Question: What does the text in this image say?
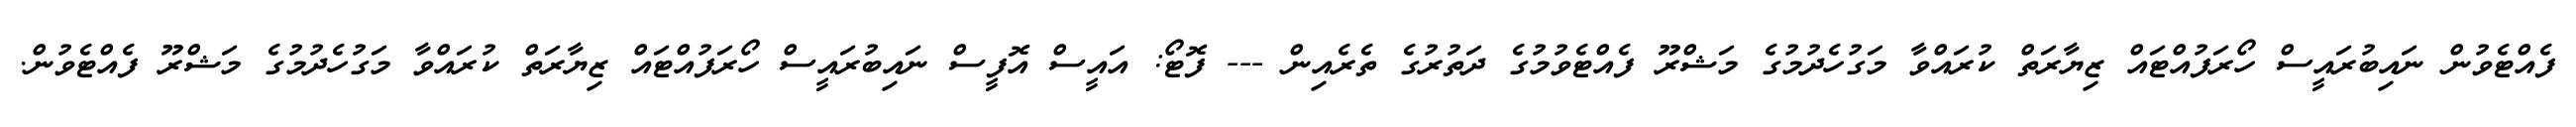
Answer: ފެއްޓެވުން ނައިބުރައީސް ހޯރަފުއްޓައް ޒިޔާރަތް ކުރައްވާ މަގުހެދުމުގެ މަޝްރޫ ފެއްޓެވުމުގެ ދަތުރުގެ ތެރެއިން --- ފޮޓޯ: އައީސް އޮފީސް ނައިބުރައީސް ހޯރަފުއްޓައް ޒިޔާރަތް ކުރައްވާ މަގުހެދުމުގެ މަޝްރޫ ފެއްޓެވުން.